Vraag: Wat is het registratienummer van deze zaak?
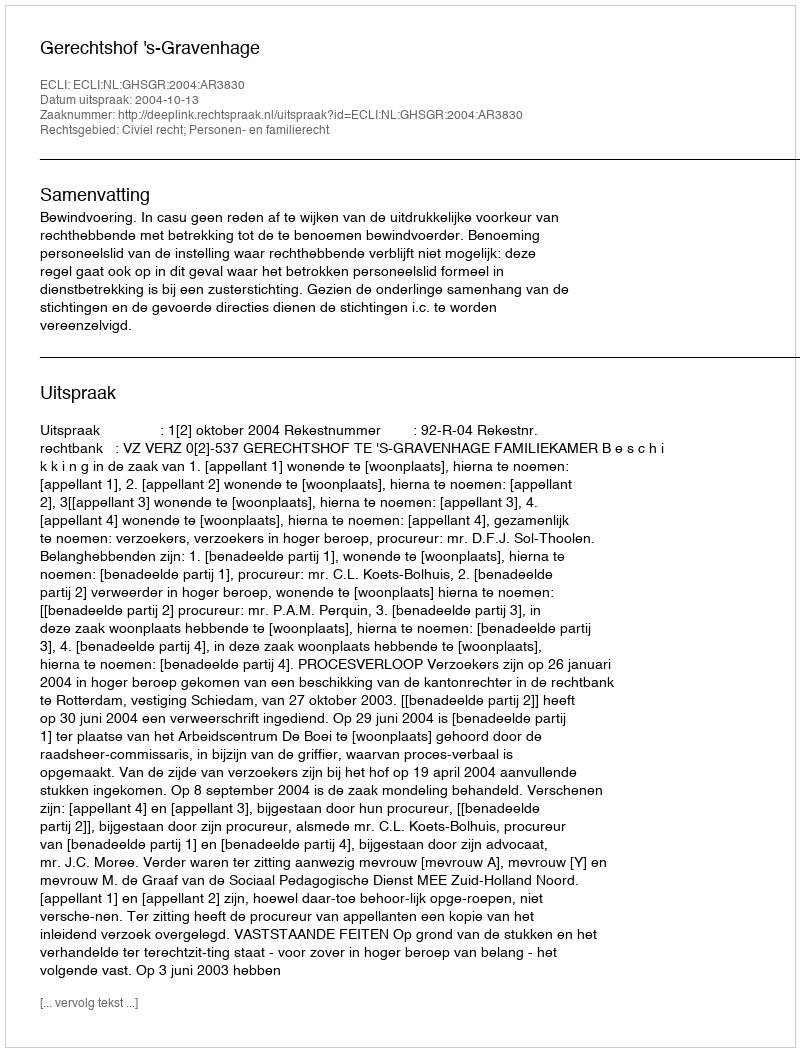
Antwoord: http://deeplink.rechtspraak.nl/uitspraak?id=ECLI:NL:GHSGR:2004:AR3830